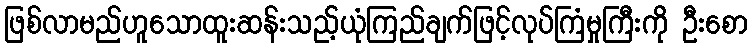
ဖြစ်လာမည်ဟူသောထူးဆန်းသည့်ယုံကြည်ချက်ဖြင့်လုပ်ကြံမှုကြီးကို ဦးစော